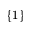
\{ 1 \}